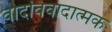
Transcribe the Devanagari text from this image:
वादविवादात्मक